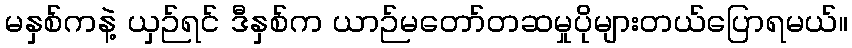
မနှစ်ကနဲ့ ယှဉ်ရင် ဒီနှစ်က ယာဉ်မတော်တဆမှုပိုများတယ်ပြောရမယ်။